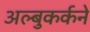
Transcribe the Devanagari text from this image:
अल्बुकर्कने